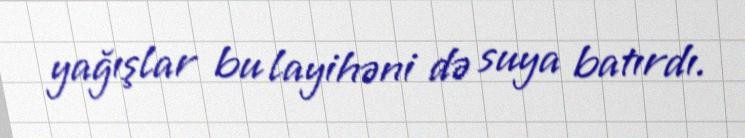
yağışlar bu layihəni də suya batırdı.